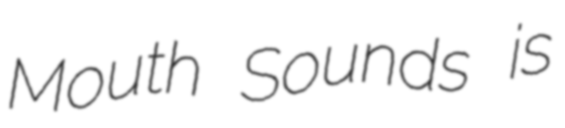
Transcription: Mouth Sounds is